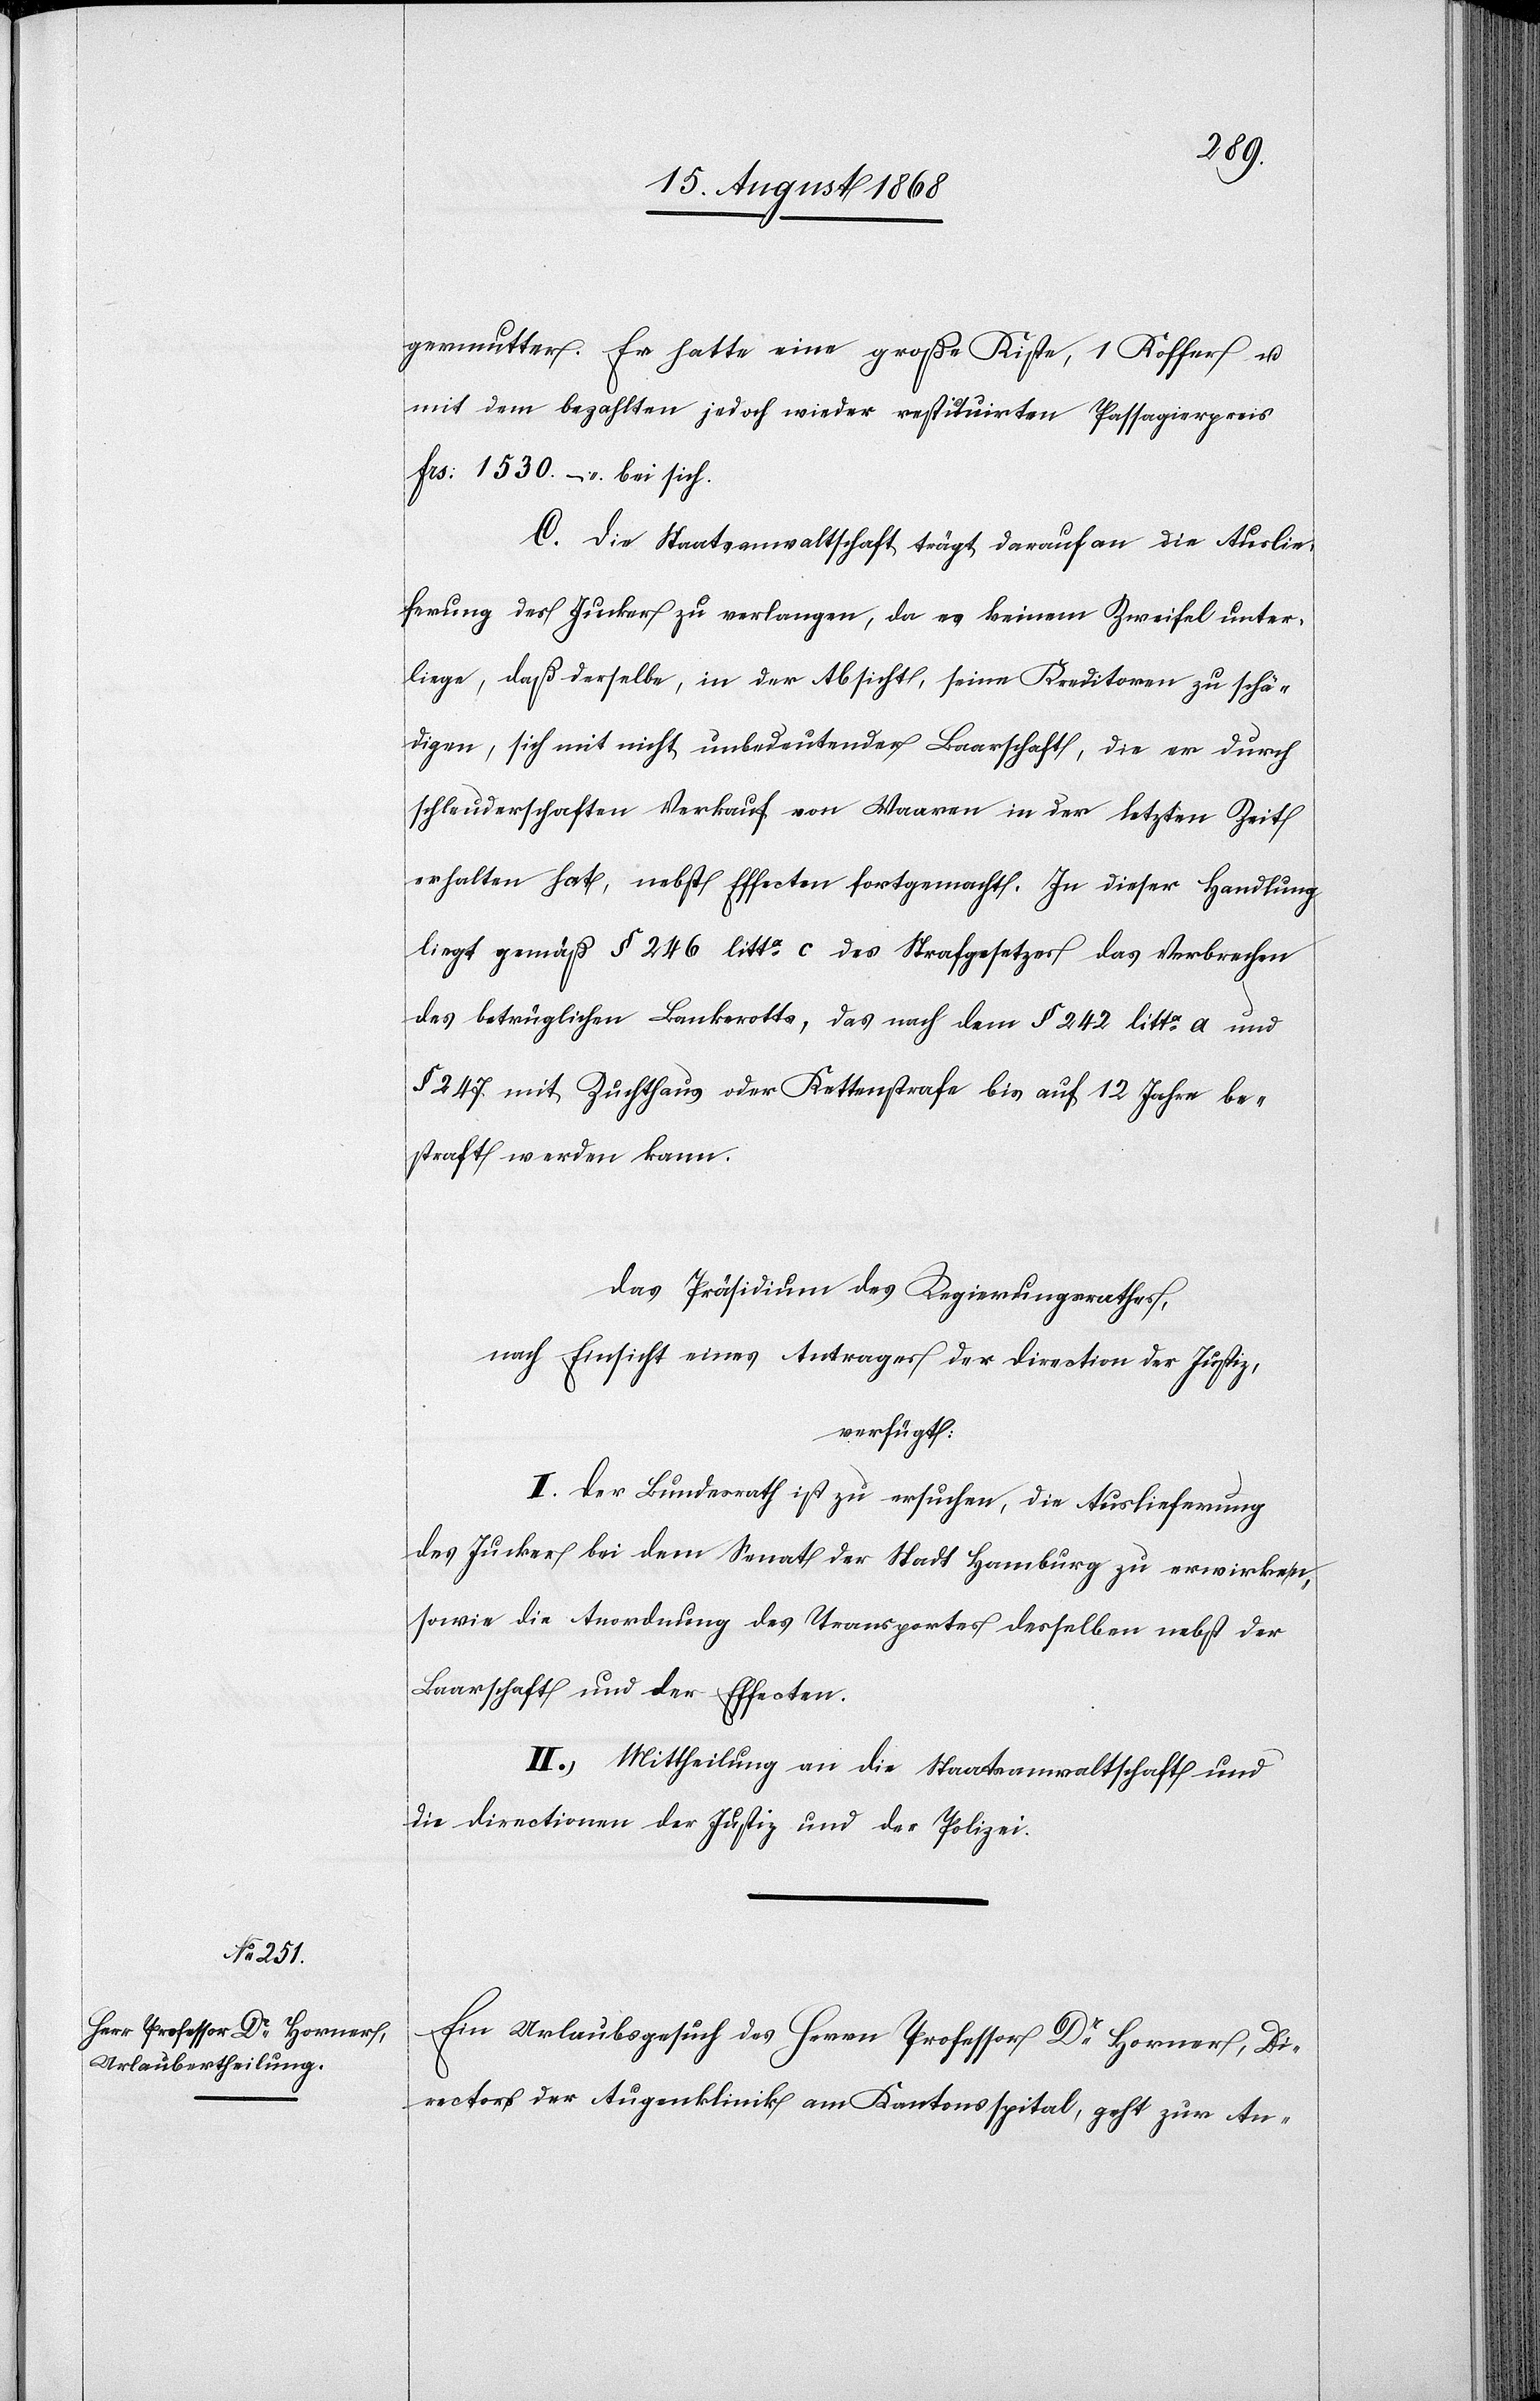
20. August 1868.]
germutter. Er hatte eine große Kiste, 1 Koffer u.
mit dem bezahlten jedoch wieder restituirten Passagierpreis
Frs: 1530. – bei sich.
C. Die Staatsanwaltschaft trägt darauf an die Auslie¬
ferung des Jucker zu verlangen, da es keinem Zweifel unter¬
liege, daß derselbe, in der Absicht, seine Kreditoren zu schä¬
digen, sich mit nicht unbedeutender Baarschaft, die er durch
schleuderschaften [sic!] Verkauf von Waaren in der letzten Zeit
erhalten hat, nebst Effecten fortgemacht. In dieser Handlung
liegt gemäß § 246 litta c des Strafgesetzes das Verbrechen
des betrüglichen Bankerotts, das nach dem § 242 litta a und
§ 247. mit Zuchthaus oder Kettenstrafe bis auf 12 Jahre be¬
straft werden kann.
Das Präsidium des Regierungsrathes,
nach Einsicht eines Antrages der Direction der Justiz,
verfügt:
I. Der Bundesrath ist zu ersuchen, die Auslieferung
des Jucker bei dem Senat der Stadt Hamburg zu erwirken,
sowie die Anordnung des Transportes desselben nebst der
Baarschaft und der Effecten.
II. Mittheilung an die Staatsanwaltschaft und
die Directionen der Justiz und der Polizei.
Ein Urlaubsgesuch des Herrn Professor Dr Horner, Di¬
rectors der Augenklinik am Kantonsspital, geht zur An-